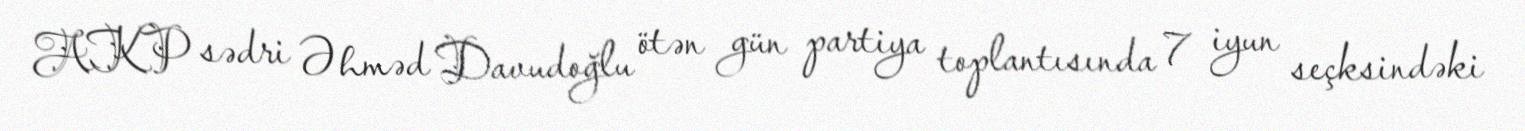
AKP sədri Əhməd Davudoğlu ötən gün partiya toplantısında 7 iyun seçksindəki